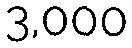
3,000